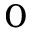
_ { 0 }